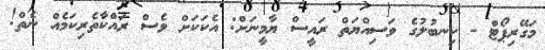
މަގޭރިޕޯޓް - ކިނބުލުގެ ވަސިއްޔަތް ރައީސް ޔާމީނަށް: އެކަކަށް ވެސް ރައްކާތެރިކަމެއް ނެތް!